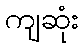
ကျဆုံး